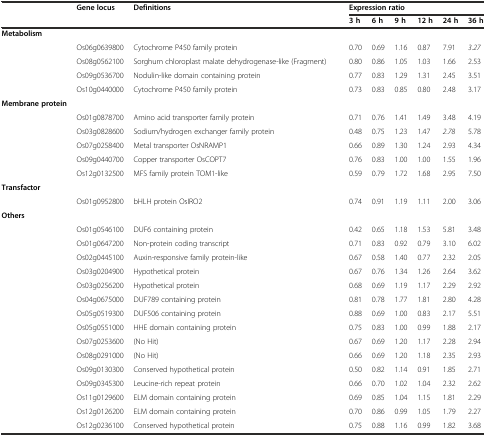
<table><thead><tr><td></td><td><b>Gene locus</b></td><td><b>Definitions</b></td><td></td><td colspan="6"><b>Expression ratio</b></td></tr><tr><td></td><td></td><td></td><td></td><td><b>3 h</b></td><td><b>6 h</b></td><td><b>9 h</b></td><td><b>12 h</b></td><td><b>24 h</b></td><td><b>36 h</b></td></tr></thead><tbody><tr><td><b>Metabolism</b></td><td></td><td></td><td></td><td></td><td></td><td></td><td></td><td></td><td></td></tr><tr><td></td><td>Os06g0639800</td><td>Cytochrome P450 family protein</td><td></td><td>0.70</td><td>0.69</td><td>1.16</td><td>0.87</td><td>7.91</td><td><i>3.27</i></td></tr><tr><td></td><td>Os08g0562100</td><td>Sorghum chloroplast malate dehydrogenase-like (Fragment)</td><td></td><td>0.80</td><td>0.86</td><td>1.05</td><td>1.03</td><td>1.66</td><td>2.53</td></tr><tr><td></td><td>Os09g0536700</td><td>Nodulin-like domain containing protein</td><td></td><td>0.77</td><td>0.83</td><td>1.29</td><td>1.31</td><td>2.45</td><td>3.51</td></tr><tr><td></td><td>Os10g0440000</td><td>Cytochrome P450 family protein</td><td></td><td>0.73</td><td>0.83</td><td>0.85</td><td>0.80</td><td>2.48</td><td>3.17</td></tr><tr><td><b>Membrane protein</b></td><td></td><td></td><td></td><td></td><td></td><td></td><td></td><td></td><td></td></tr><tr><td></td><td>Os01g0878700</td><td>Amino acid transporter family protein</td><td></td><td>0.71</td><td>0.76</td><td>1.41</td><td>1.49</td><td>3.48</td><td>4.19</td></tr><tr><td></td><td>Os03g0828600</td><td>Sodium/hydrogen exchanger family protein</td><td></td><td>0.48</td><td>0.75</td><td>1.23</td><td>1.47</td><td><i>2.78</i></td><td>5.78</td></tr><tr><td></td><td>Os07g0258400</td><td>Metal transporter OsNRAMP1</td><td></td><td>0.66</td><td>0.89</td><td>1.30</td><td>1.24</td><td>2.93</td><td>4.34</td></tr><tr><td></td><td>Os09g0440700</td><td>Copper transporter OsCOPT7</td><td></td><td>0.76</td><td>0.83</td><td>1.00</td><td>1.00</td><td>1.55</td><td>1.96</td></tr><tr><td></td><td>Os12g0132500</td><td>MFS family protein TOM1-like</td><td></td><td>0.59</td><td>0.79</td><td>1.72</td><td>1.68</td><td>2.95</td><td>7.50</td></tr><tr><td><b>Transfactor</b></td><td></td><td></td><td></td><td></td><td></td><td></td><td></td><td></td><td></td></tr><tr><td></td><td>Os01g0952800</td><td>bHLH protein OsIRO2</td><td></td><td>0.74</td><td>0.91</td><td>1.19</td><td>1.11</td><td>2.00</td><td>3.06</td></tr><tr><td><b>Others</b></td><td></td><td></td><td></td><td></td><td></td><td></td><td></td><td></td><td></td></tr><tr><td></td><td>Os01g0546100</td><td>DUF6 containing protein</td><td></td><td>0.42</td><td>0.65</td><td>1.18</td><td>1.53</td><td>5.81</td><td>3.48</td></tr><tr><td></td><td>Os01g0647200</td><td>Non-protein coding transcript</td><td></td><td>0.71</td><td>0.83</td><td>0.92</td><td>0.79</td><td>3.10</td><td>6.02</td></tr><tr><td></td><td>Os02g0445100</td><td>Auxin-responsive family protein-like</td><td></td><td>0.67</td><td>0.58</td><td>1.40</td><td>0.77</td><td>2.32</td><td>2.05</td></tr><tr><td></td><td>Os03g0204900</td><td>Hypothetical protein</td><td></td><td>0.67</td><td>0.76</td><td>1.34</td><td>1.26</td><td>2.64</td><td>3.62</td></tr><tr><td></td><td>Os03g0256200</td><td>Hypothetical protein</td><td></td><td>0.68</td><td>0.69</td><td>1.19</td><td>1.17</td><td>2.29</td><td>2.92</td></tr><tr><td></td><td>Os04g0675000</td><td>DUF789 containing protein</td><td></td><td>0.81</td><td>0.78</td><td>1.77</td><td>1.81</td><td>2.80</td><td>4.28</td></tr><tr><td></td><td>Os05g0519300</td><td>DUF506 containing protein</td><td></td><td>0.88</td><td>0.69</td><td>1.00</td><td>0.83</td><td>2.17</td><td>5.51</td></tr><tr><td></td><td>Os05g0551000</td><td>HHE domain containing protein</td><td></td><td>0.75</td><td>0.83</td><td>1.00</td><td>0.99</td><td>1.88</td><td>2.17</td></tr><tr><td></td><td>Os07g0253600</td><td>(No Hit)</td><td></td><td>0.67</td><td>0.69</td><td>1.20</td><td>1.17</td><td>2.28</td><td>2.94</td></tr><tr><td></td><td>Os08g0291000</td><td>(No Hit)</td><td></td><td>0.66</td><td>0.69</td><td>1.20</td><td>1.18</td><td>2.35</td><td>2.93</td></tr><tr><td></td><td>Os09g0130300</td><td>Conserved hypothetical protein</td><td></td><td>0.50</td><td>0.82</td><td>1.14</td><td>0.91</td><td>1.85</td><td>2.71</td></tr><tr><td></td><td>Os09g0345300</td><td>Leucine-rich repeat protein</td><td></td><td>0.66</td><td>0.70</td><td>1.02</td><td>1.04</td><td>2.32</td><td>2.62</td></tr><tr><td></td><td>Os11g0129600</td><td>ELM domain containing protein</td><td></td><td>0.69</td><td>0.85</td><td>1.04</td><td>1.15</td><td>1.81</td><td>2.29</td></tr><tr><td></td><td>Os12g0126200</td><td>ELM domain containing protein</td><td></td><td>0.70</td><td>0.86</td><td>0.99</td><td>1.05</td><td>1.79</td><td>2.27</td></tr><tr><td></td><td>Os12g0236100</td><td>Conserved hypothetical protein</td><td></td><td>0.75</td><td>0.88</td><td>1.16</td><td>0.99</td><td>1.82</td><td>3.68</td></tr></tbody></table>